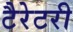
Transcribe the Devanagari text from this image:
टैरेटरी